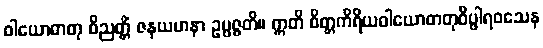
ဝါယောဓာတု ဝိညတ္တိံ ဇနယမာနာ ဥပ္ပဇ္ဇတိ။ ဣတိ စိတ္တကိရိယဝါယောဓာတုဝိပ္ဖါရဝသေန